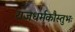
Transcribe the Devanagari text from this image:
राजधर्मकौस्तुभः